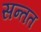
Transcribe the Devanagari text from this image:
सन्तत